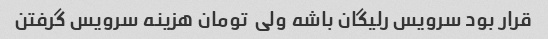
قرار بود سرویس رلیگان باشه ولی  تومان هزینه سرویس گرفتن